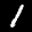
Label: 1